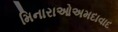
મિનારાઓઅમદાવાદ